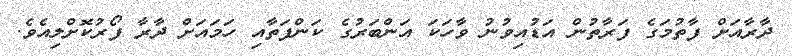
ދާރާއަށް ފާތުމަގެ ފަރާތުން އަޑުއިވުނު ވާހަކަ އަންބަރުގެ ކަންފަތާއި ހަމައަށް ދާރާ ފޯރުކޮށްލިއެވެ.